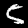
Digit: 5